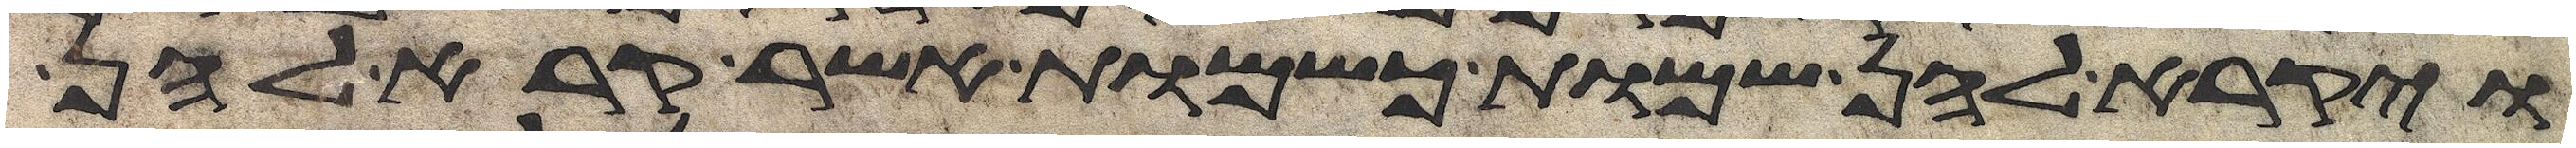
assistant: ויקרא להן שמות כשמות אשר קרא להן